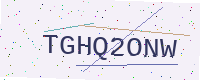
Text: TGHQ2ONW